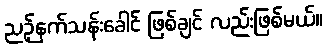
ညဉ့်နက်သန်းခေါင် ဖြစ်ချင် လည်းဖြစ်မယ်။